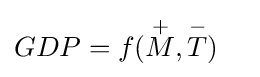
GDP=f({\overset {+}{M}},{\overset {-}{T}})\,\!\quad